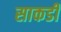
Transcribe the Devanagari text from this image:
साकडी